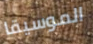
الموسيقا